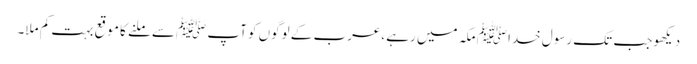
دیکھو جب تک رسول خداﷺ مکہ میں رہے ،عرب کے لوگوں کو آپ ﷺسے ملنے کا موقع بہت کم ملا۔